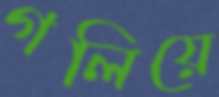
গলিয়ে